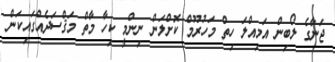
ޖަނާގެ ލޯބިން އަމިއްލަ ހިތް މަހުރޫމް ކޮށްލަން ނިންމީ ކިހާ މާތް މަޤްސަދެއްގައިކަން